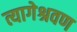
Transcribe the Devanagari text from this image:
त्यागेश्रवण